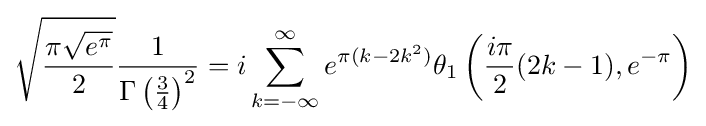
{\sqrt {\frac {\pi {\sqrt {e^{\pi }}}}{2}}}{\frac {1}{\Gamma \left({\frac {3}{4}}\right)^{2}}}=i\sum _{k=-\infty }^{\infty }e^{\pi (k-2k^{2})}\theta _{1}\left({\frac {i\pi }{2}}(2k-1),e^{-\pi }\right)